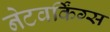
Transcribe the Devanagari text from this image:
नेटवर्किंग्स